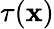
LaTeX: \tau(\mathbf{x})